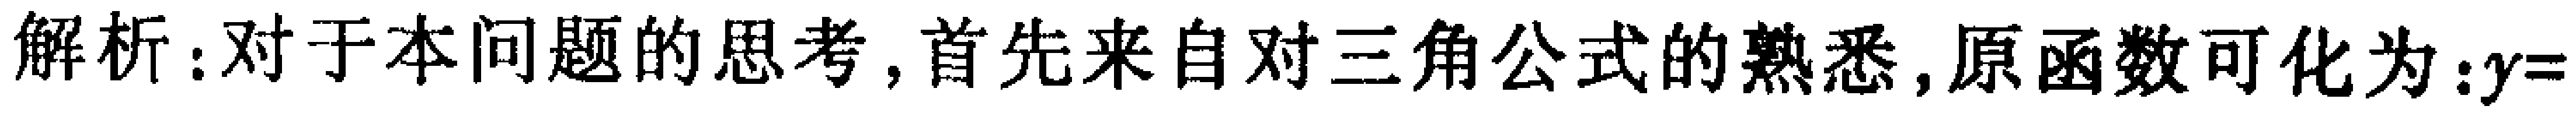
解析：对于本问题的思考,首先来自对三角公式的熟悉,原函数可化为：\(y=\)